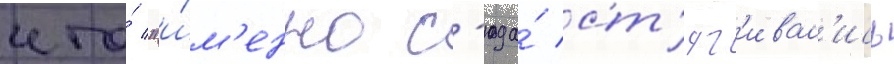
что́ "и́м'енно с'юда́ ст'яг'ивал'ись